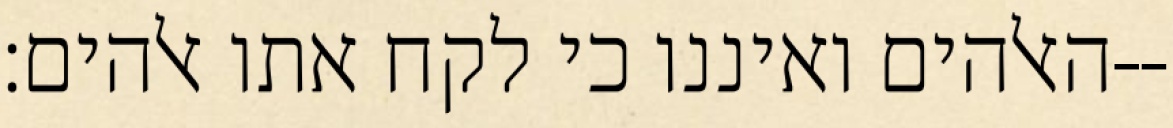
האלהים ואיננו כי לקח אתו אלהים׃--